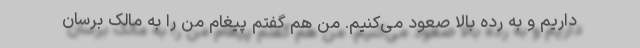
داریم و به رده بالا صعود می‌کنیم. من هم گفتم پیغام من را به مالک برسان